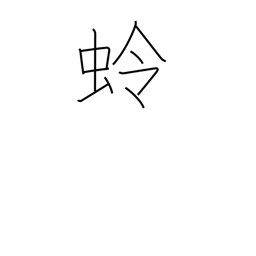
Meaning: moon moth